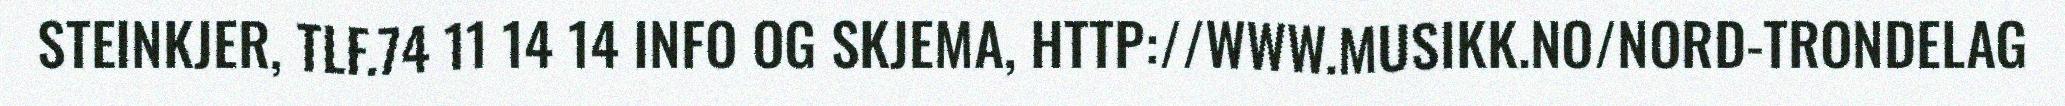
STEINKJER, TLF.74 11 14 14 INFO OG SKJEMA, HTTP://WWW.MUSIKK.NO/NORD-TRONDELAG